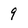
Character: 9